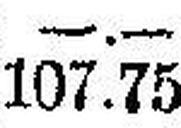
107.75